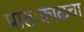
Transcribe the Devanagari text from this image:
प्रातःकाळचा